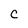
Character: c